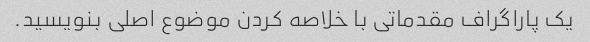
یک پاراگراف مقدماتی با خلاصه کردن موضوع اصلی بنویسید.